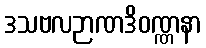
ဒသဗလဉာဏဒိဝဏ္ဏနာ